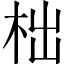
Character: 柮